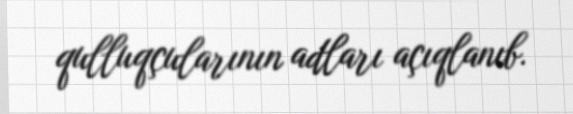
qulluqçularının adları açıqlanıb.